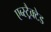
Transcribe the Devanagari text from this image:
एब्स्ट्रैक्टेड